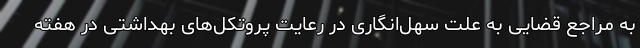
به مراجع قضایی به علت سهل‌انگاری در رعایت پروتکل‌های بهداشتی در هفته